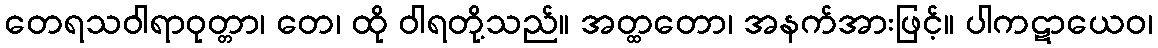
တေရသဝါရာဝုတ္တာ၊ တေ၊ ထို ဝါရတို့သည်။ အတ္ထတော၊ အနက်အားဖြင့်။ ပါကဋာယေဝ၊